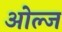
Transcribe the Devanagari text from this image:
ओल्ज